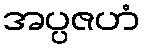
အပ္ပဇဟံ